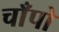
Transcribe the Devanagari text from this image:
चाँपो